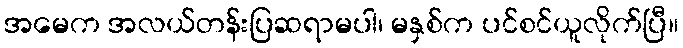
အမေက အလယ်တန်းပြဆရာမပါ၊ မနှစ်က ပင်စင်ယူလိုက်ပြီ။